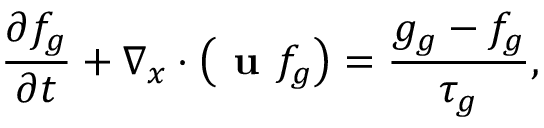
\frac { \partial f _ { g } } { \partial t } + \nabla _ { x } \cdot \left( \textbf { u } f _ { g } \right) = \frac { g _ { g } - f _ { g } } { \tau _ { g } } ,